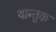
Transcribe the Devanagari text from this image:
थान्तुक